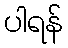
ပါရန်